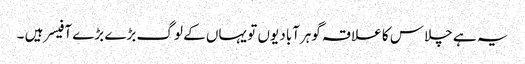
یہ ہے چلاس کا علاقہ گوہرآباد یوں تو یہاں کے لوگ بڑے بڑے آفیسر ہیں ۔